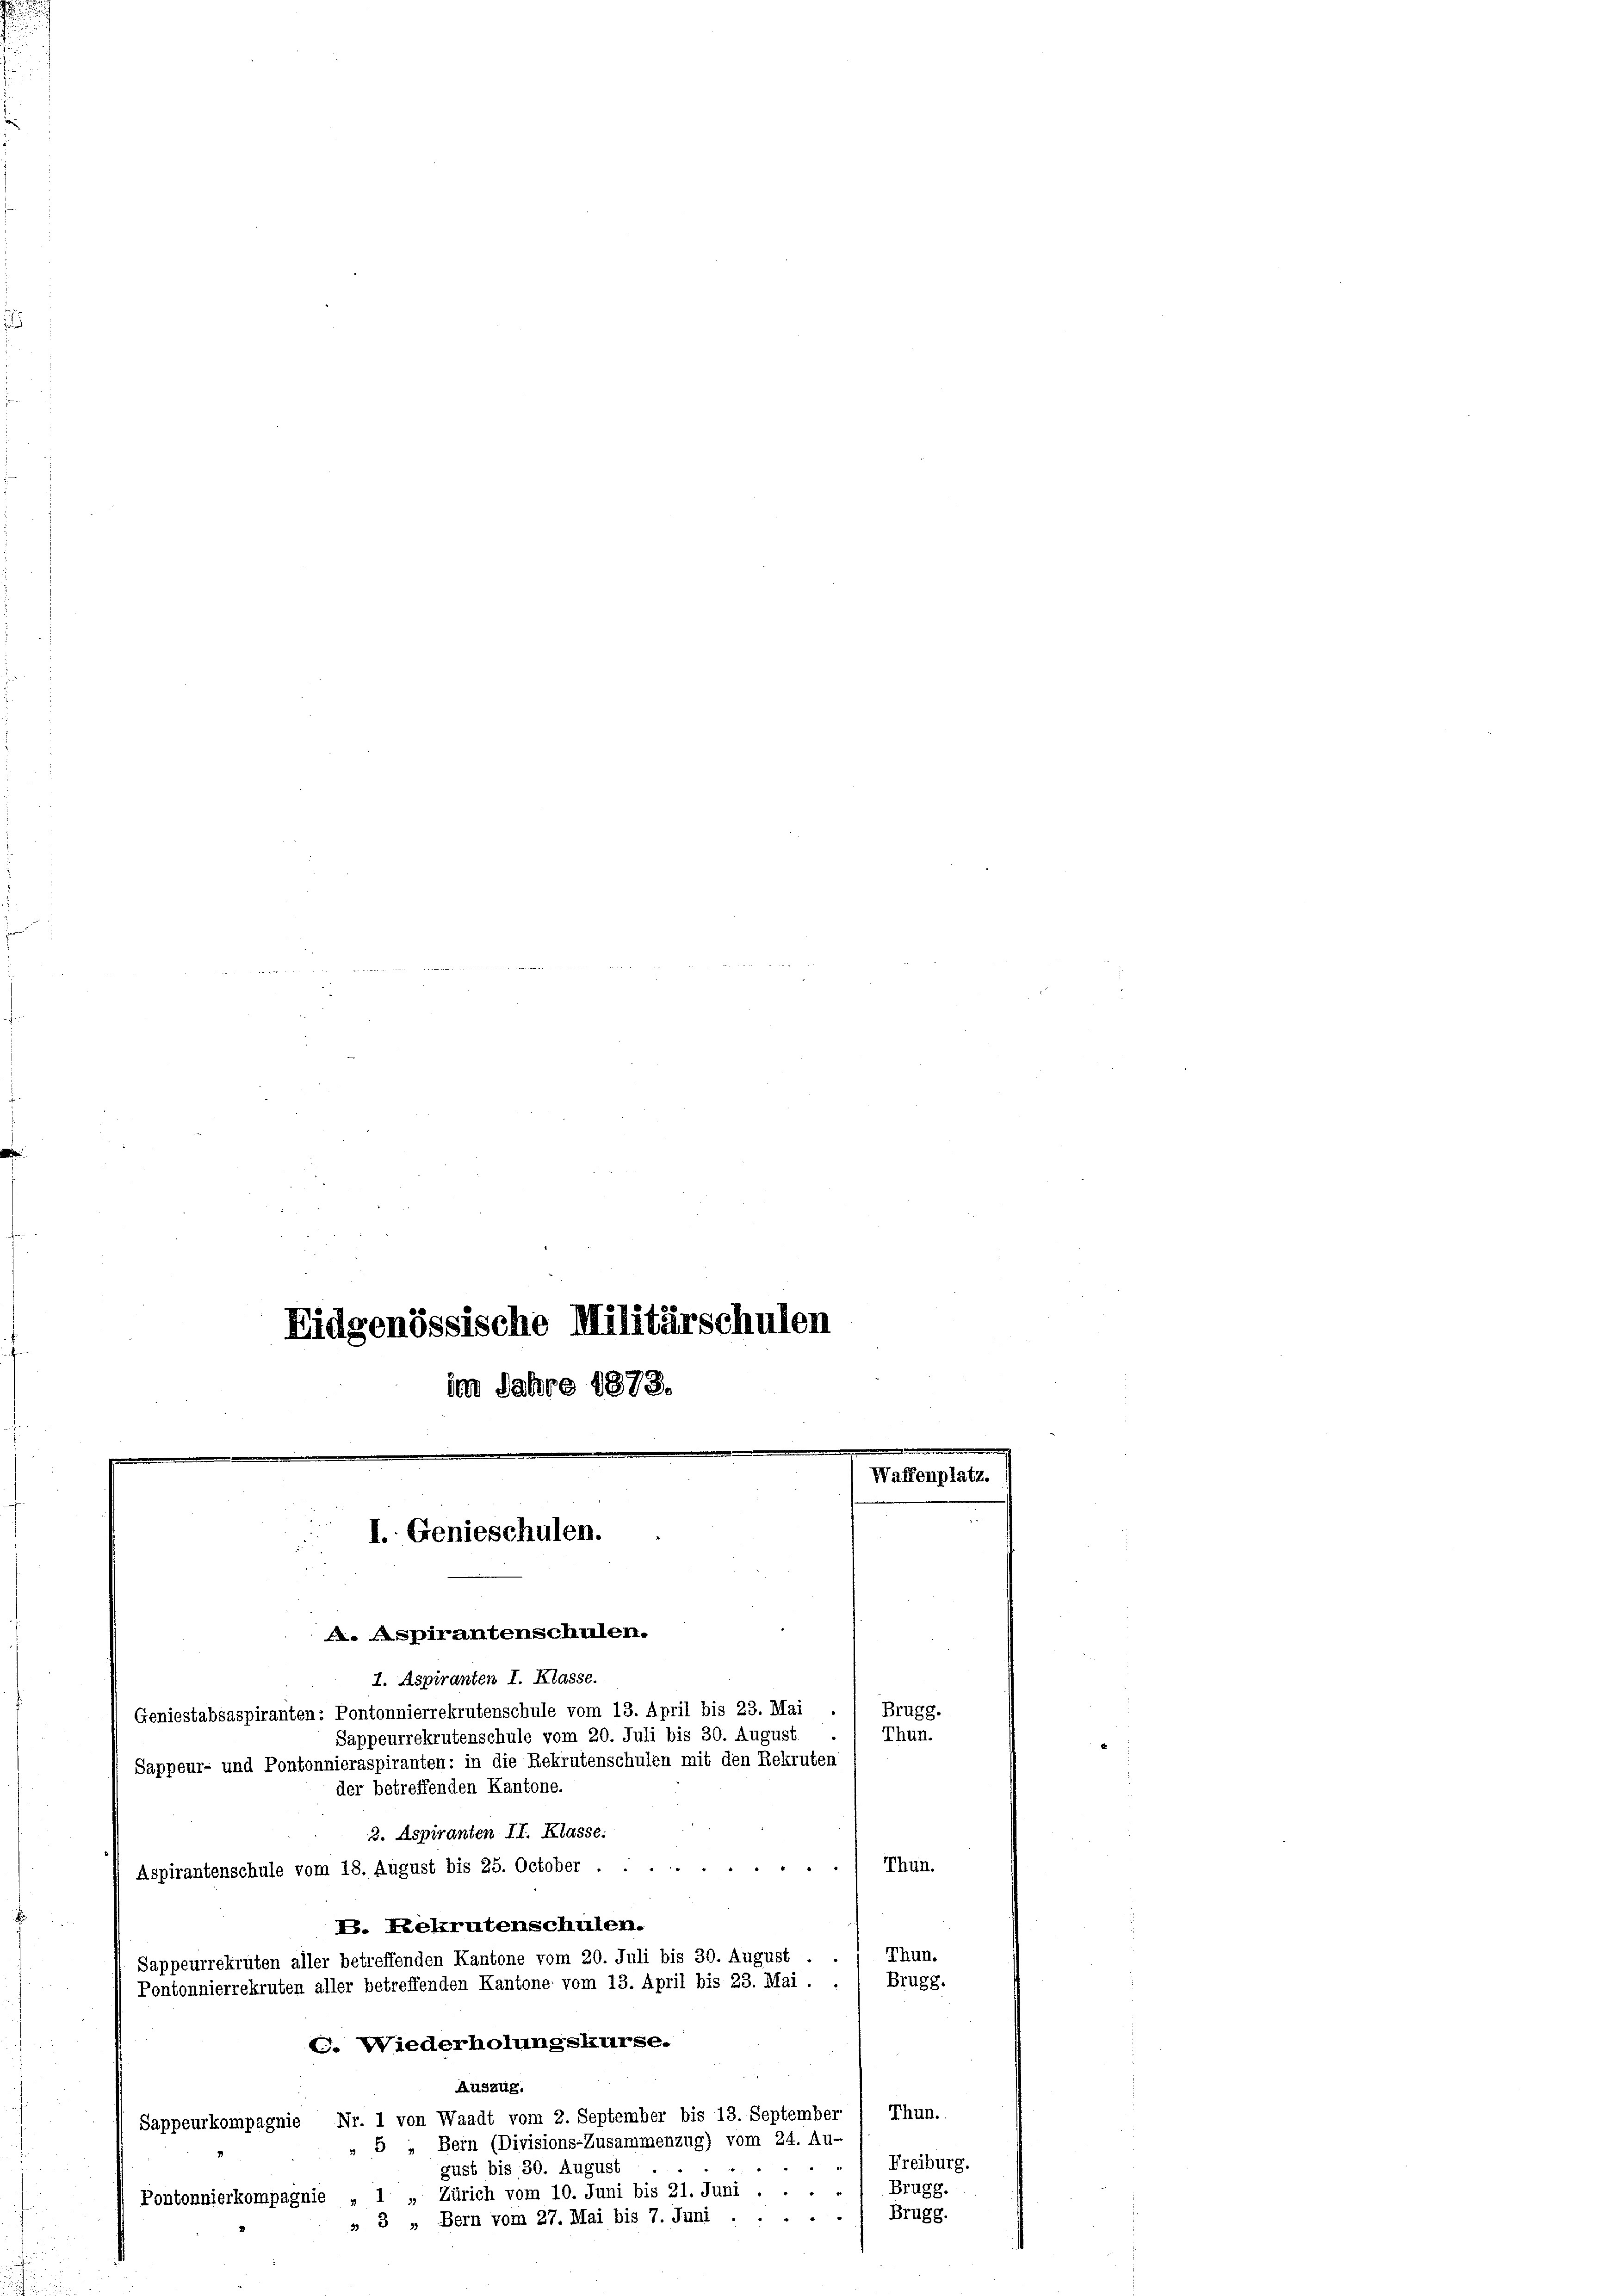
Eidgenössische Militärschulen
im Jahre 1878.

I. Genieschulen.

A. Aspirantenschulen.
1. Aspiranten I. Klasse.
Geniestabsaspiranten: Pontonnierrekrutenschule vom 13. April bis 23. Mai
Sappeurrekrutenschule vom 20. Juli bis 30. August
Sappeur- und Pontonnieraspiranten: in die Rekrutenschulen mit den Rekruten
der betreffenden Kantone.
2. Aspiranten II. Klasse:
Thun.
2
Aspirantenschule vom 18. August bis 25. October
B. Rekrutenschulen.
Thus
Sappeurrekruten aller betreffenden Kantone vom 20. Juli bis 30. August . .
Brug
Pontonnierrekruten aller betreffenden Kantone vom 13. April bis 23. Mai .
2. Wiederholungskurse.
Auszug.
Thun.
Sappeurkompagnie Nr. 1 von Waadt vom 2. September bis 13. September-
» 5 „Bern (Divisions-Zusammenzug) vom 24. Au-
Freiburg.
"
gust bis 30. August
 Zürich vom 10. Juni bis 21. Juni . . . . / Brugg.
1
Pontonnierkompagnie
Brugg.
» 3 „Bern vom 27. Mai bis 7. Juni .

Brugg.
Thun.

e
.